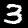
Label: 3